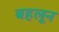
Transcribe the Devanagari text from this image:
बहलून